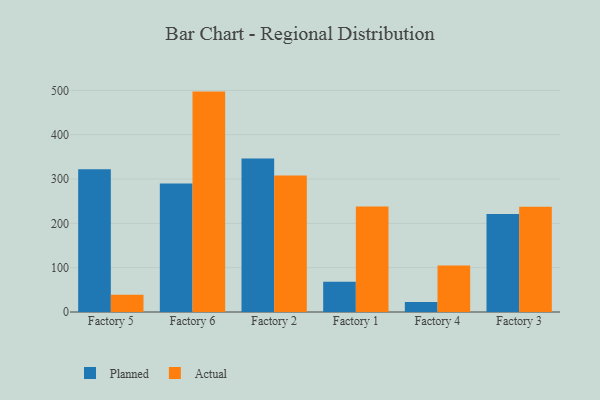
{"axis": {"x": "Factory", "y": "Conversion Rate (%)"}, "legend": ["Actual", "Planned"], "data": [{"x": "Factory 5", "y": 322.2, "type": "Planned"}, {"x": "Factory 5", "y": 38.7, "type": "Actual"}, {"x": "Factory 6", "y": 289.8, "type": "Planned"}, {"x": "Factory 6", "y": 497.3, "type": "Actual"}, {"x": "Factory 2", "y": 346.1, "type": "Planned"}, {"x": "Factory 2", "y": 307.9, "type": "Actual"}, {"x": "Factory 1", "y": 68.4, "type": "Planned"}, {"x": "Factory 1", "y": 238.0, "type": "Actual"}, {"x": "Factory 4", "y": 22.6, "type": "Planned"}, {"x": "Factory 4", "y": 105.1, "type": "Actual"}, {"x": "Factory 3", "y": 221.4, "type": "Planned"}, {"x": "Factory 3", "y": 237.5, "type": "Actual"}]}